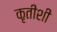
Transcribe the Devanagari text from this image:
कृतीशी